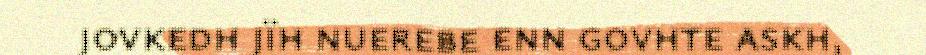
jovkedh jïh nuerebe enn govhte askh,